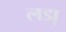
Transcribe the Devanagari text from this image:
लडा़